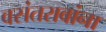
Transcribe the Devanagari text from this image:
वसंतरावांना